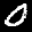
Label: 0